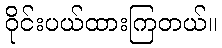
ဝိုင်းပယ်ထားကြတယ်။